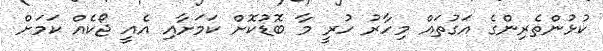
ކުޅުންތެރިންގެ އަގުތައް މިހާރު ހުރީ މާ ބޮޑުކޮށް ކަމަށާއި އެއީ ޖޯކެއް ކަމަށް